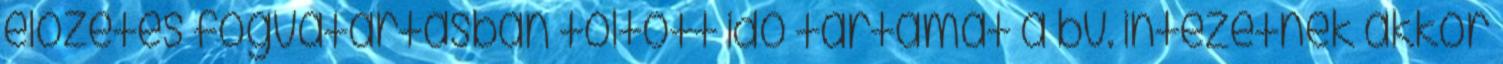
előzetes fogvatartásban töltött idő tartamát a bv. intézetnek akkor